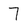
Character: 7